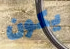
يكون